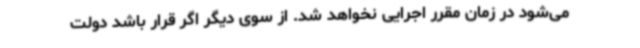
می‌شود در زمان مقرر اجرایی نخواهد شد. از سوی دیگر اگر قرار باشد دولت